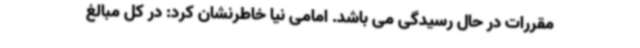
مقررات در حال رسیدگی می باشد. امامی نیا خاطرنشان کرد: در کل مبالغ